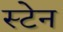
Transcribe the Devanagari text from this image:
स्‍टेन